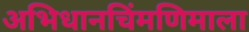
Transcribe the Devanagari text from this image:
अभिधानचिंमणिमाला